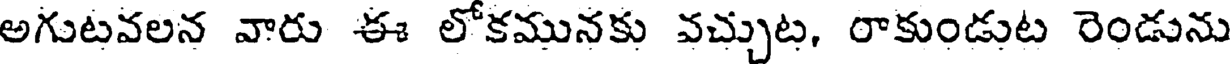
అగుటవలన వారు ఈ లోకమునకు వచ్చుట, రాకుండుట రెండును